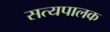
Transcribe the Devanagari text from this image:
सत्यपालक